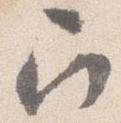
召